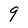
Character: 9